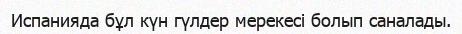
Испанияда бұл күн гүлдер мерекесі болып саналады.